Vaccination in the Punjab 1867-1880 - 1867-1880
Year: 1867
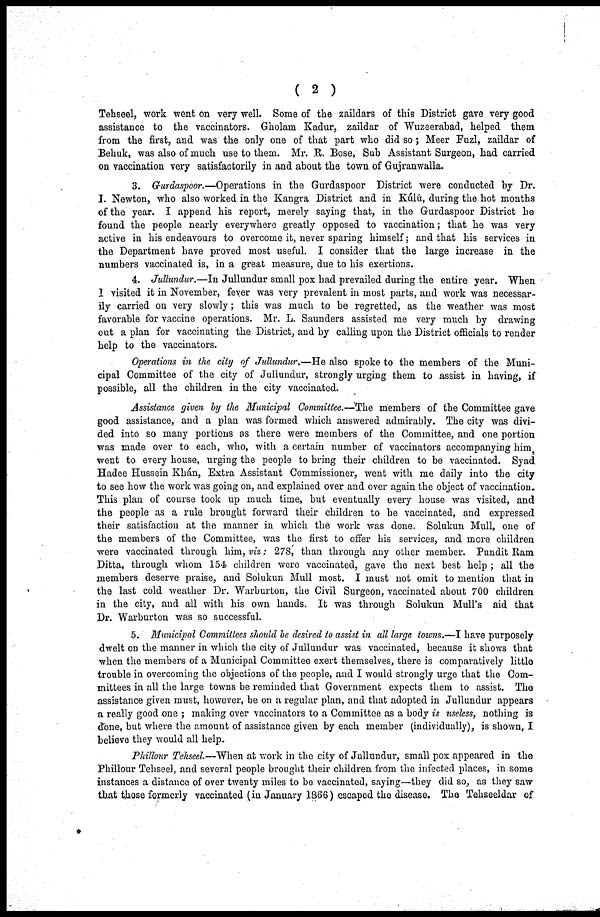
( 2 )
Tehseel, work went on very well. Some of the zaildars of this District gave very good
assistance to the vaccinators. Gholam Kadur, zaildar of Wuzeerabad, helped them
from the first, and was the only one of that part who did so; Meer Fuzl, zaildar of
Behuk, was also of much use to them. Mr. R. Bose, Sub Assistant Surgeon, had carried
on vaccination very satisfactorily in and about the town of Gujranwalla.
3. Gurdaspoor.—Operations in the Gurdaspoor District were conducted by Dr.
I. Newton, who also worked in the Kangra District and in Kúlú, during the hot months
of the year. I append his report, merely saying that, in the Gurdaspoor District he
found the people nearly everywhere greatly opposed to vaccination; that he was very
active in his endeavours to overcome it, never sparing himself; and that his services in
the Department have proved most useful. I consider that the large increase in the
numbers vaccinated is, in a great measure, due to his exertions.
4. Jullundur.—In Jullundur small pox had prevailed during the entire year. When
I visited it in November, fever was very prevalent in most parts, and work was necessar-
ily carried on very slowly; this was much to be regretted, as the weather was most
favorable for vaccine operations. Mr. L. Saunders assisted me very much by drawing
out a plan for vaccinating the District, and by calling upon the District officials to render
help to the vaccinators.
Operations in the city of Jullundur.—He also spoke to the members of the Muni-
cipal Committee of the city of Jullundur, strongly urging them to assist in having, if
possible, all the children in the city vaccinated.
Assistance given by the Municipal Committee.—-The members of the Committee gave
good assistance, and a plan was formed which answered admirably. The city was divi-
ded into so many portions as there were members of the Committee, and one portion
was made over to each, who, with a certain number of vaccinators accompanying him
went to every house, urging the people to bring their children to be vaccinated. Syad
Hadee Hussein Khán, Extra Assistant Commissioner, went with me daily into the city
to see how the work was going on, and explained over and over again the object of vaccination.
This plan of course took up much time, but eventually every house was visited, and
the people as a rule brought forward their children to be vaccinated, and expressed
their satisfaction at the manner in which the work was done. Solukun Mull, one of
the members of the Committee, was the first to offer his services, and more children
were vaccinated through him, viz: 278, than through any other member. Pundit Ram
Ditta, through whom 154 children were vaccinated, gave the next best help ; all the
members deserve praise, and Solukun Mull most. I must not omit to mention that in
the last cold weather Dr. Warburton, the Civil Surgeon, vaccinated about 700 children
in the city, and all with his own hands. It was through Solukun Mull's aid that
Dr. Warburton was so successful.
5. Municipal Committees should be desired to assist in all large towns.—I have purposely
dwelt on the manner in which the city of Jullundur was vaccinated, because it shows that
when the members of a Municipal Committee exert themselves, there is comparatively little
trouble in overcoming the objections of the people, and I would strongly urge that the Com-
mittees in all the large towns be reminded that Government expects them to assist. The
assistance given must, however, be on a regular plan, and that adopted in Jullundur appears
a really good one ; making over vaccinators to a Committee as a body is useless, nothing is
done, but where the amount of assistance given by each member (individually), is shown, I
believe they would all help.
Phillour Tehseel.—When at work in the city of Jullundur, small pox appeared in the
Phillour Tehseel, and several people brought their children from the infected places, in some
instances a distance of over twenty miles to be vaccinated, saying—they did so, as they saw
that those formerly vaccinated (in January 1866) escaped the disease. The Tehseeldar of